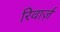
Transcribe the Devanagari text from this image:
रिवार्ज़